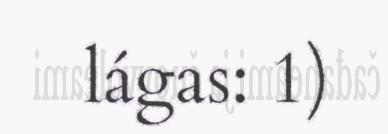
lágas: 1)